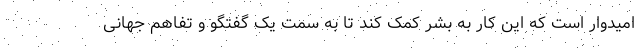
امیدوار است که این کار به بشر کمک کند تا به سمت یک گفتگو و تفاهم جهانی